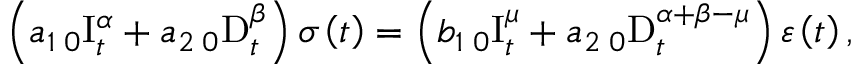
\left( a _ { 1 } \, _ { 0 } \mathrm { I } _ { t } ^ { \alpha } + a _ { 2 } \, _ { 0 } \mathrm { D } _ { t } ^ { \beta } \right) \sigma \left( t \right) = \left( b _ { 1 } \, _ { 0 } \mathrm { I } _ { t } ^ { \mu } + a _ { 2 } \, _ { 0 } \mathrm { D } _ { t } ^ { \alpha + \beta - \mu } \right) \varepsilon \left( t \right) ,